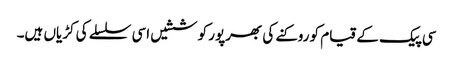
سی پیک کے قیام کو روکنے کی بھرپور کوششیں اسی سلسلے کی کڑیاں ہیں۔